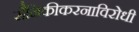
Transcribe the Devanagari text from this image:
सैनिकीकरनाविरोधी